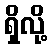
ရှိလို့